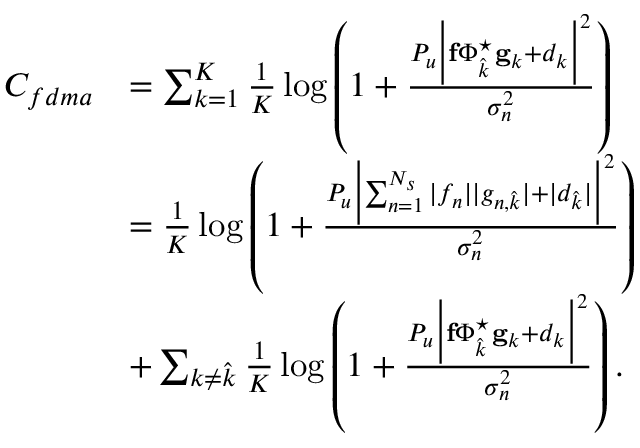
\begin{array} { r l } { C _ { f d m a } } & { = \sum _ { k = 1 } ^ { K } \frac { 1 } { K } \log \left( 1 + \frac { P _ { u } \Bigl | \mathbf { f } \boldsymbol { \Phi } _ { \hat { k } } ^ { \star } \mathbf { g } _ { k } + d _ { k } \Bigr | ^ { 2 } } { \sigma _ { n } ^ { 2 } } \right) } \\ & { = \frac { 1 } { K } \log \left( 1 + \frac { P _ { u } \Bigl | \sum _ { n = 1 } ^ { N _ { s } } | f _ { n } | | g _ { n , { \hat { k } } } | + | d _ { \hat { k } } | \Bigr | ^ { 2 } } { \sigma _ { n } ^ { 2 } } \right) } \\ & { + \sum _ { k \neq { \hat { k } } } \frac { 1 } { K } \log \left( 1 + \frac { P _ { u } \Bigl | \mathbf { f } \boldsymbol { \Phi } _ { \hat { k } } ^ { \star } \mathbf { g } _ { k } + d _ { k } \Bigr | ^ { 2 } } { \sigma _ { n } ^ { 2 } } \right) . } \end{array}